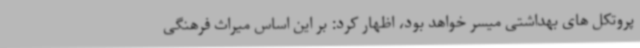
پروتکل های بهداشتی میسر خواهد بود، اظهار کرد: بر این اساس میراث فرهنگی